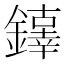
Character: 𨬕